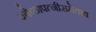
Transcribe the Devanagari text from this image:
ज्येष्ठापत्नीसमेताय